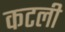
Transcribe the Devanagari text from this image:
कटली